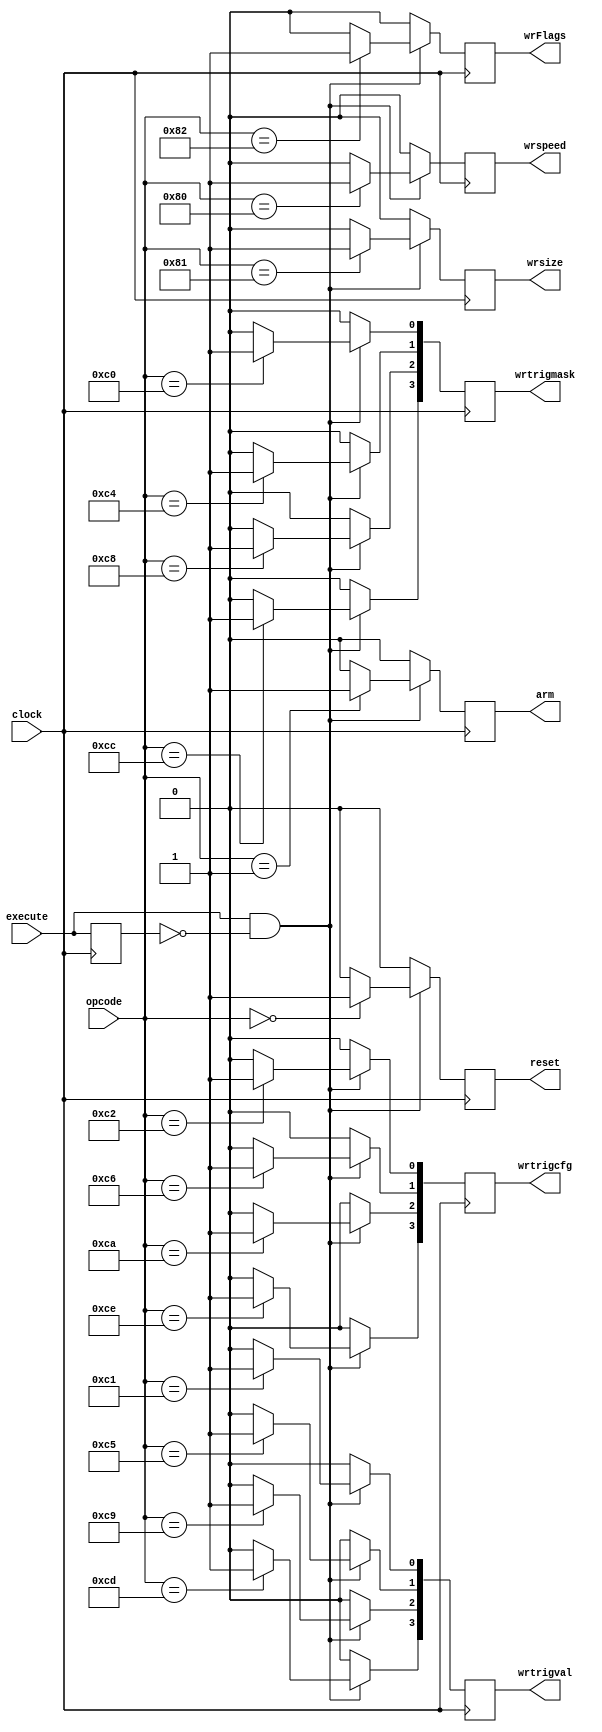
//////////////////////////////////////////////////////////////////////////////////
//
// Copyright (C) 2006 Michael Poppitz
//
// Original design by Michael Poppitz in VHDL
// Converted to Verilog (with minor modifications) by Kenneth Tsang
// 
// This program is free software; you can redistribute it and/or modify
// it under the terms of the GNU General Public License as published by
// the Free Software Foundation; either version 2 of the License, or (at
// your option) any later version.
//
// This program is distributed in the hope that it will be useful, but
// WITHOUT ANY WARRANTY; without even the implied warranty of
// MERCHANTABILITY or FITNESS FOR A PARTICULAR PURPOSE. See the GNU
// General Public License for more details.
//
// You should have received a copy of the GNU General Public License along
// with this program; if not, write to the Free Software Foundation, Inc.,
// 51 Franklin St, Fifth Floor, Boston, MA 02110, USA
//
//////////////////////////////////////////////////////////////////////////////////
//
// Details: http://www.sump.org/projects/analyzer/
//
// Takes the opcode from the command received by the receiver and decodes it.
// The decoded command will be executed for one cycle.
//
// The receiver keeps the cmd output active long enough so all the
// data is still available on its cmd output when the command has
// been decoded and sent out to other modules with the next
// clock cycle. (Maybe this paragraph should go in receiver.vhd?)
//
//////////////////////////////////////////////////////////////////////////////////

module 	decoder (
		input [7:0] opcode,
		input execute,
		input clock,
		output reg [3:0] wrtrigmask,
		output reg [3:0] wrtrigval,
		output reg [3:0] wrtrigcfg,
		output reg wrspeed,
		output reg wrsize,
		output reg wrFlags,
		output reg arm,
		output reg reset
	);

	wire exe;
	reg exeReg;

	assign exe = execute;
	
	always @(posedge clock)
	begin
		reset <= 0;
		arm <= 0;
		wrspeed <= 0;
		wrsize <= 0;
		wrFlags <= 0;
		wrtrigmask <= 0;
		wrtrigval <= 0;
		wrtrigcfg <= 0;
		
		if (exe && !exeReg)		// rising edge
			begin
				case (opcode)
					8'h00 : reset <= 1;
					8'h01 : arm <= 1;
					8'h80 : wrspeed <= 1;
					8'h81 : wrsize <= 1;
					8'h82 : wrFlags <= 1;
					8'hC0 : wrtrigmask[0] <= 1'b1;
					8'hC1 : wrtrigval[0] <= 1'b1;
					8'hC2 : wrtrigcfg[0] <= 1'b1;
					8'hC4 : wrtrigmask[1] <= 1'b1;
					8'hC5 : wrtrigval[1] <= 1'b1;
					8'hC6 : wrtrigcfg[1] <= 1'b1;
					8'hC8 : wrtrigmask[2] <= 1'b1;
					8'hC9 : wrtrigval[2] <= 1'b1;
					8'hCA : wrtrigcfg[2] <= 1'b1;
					8'hCC : wrtrigmask[3] <= 1'b1;
					8'hCD : wrtrigval[3] <= 1'b1;
					8'hCE : wrtrigcfg[3] <= 1'b1;
				endcase
			end
			
		exeReg <= exe;
	end
	
endmodule